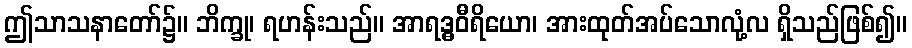
ဤသာသနာတော်၌။ ဘိက္ခု၊ ရဟန်းသည်။ အာရဒ္ဓဝီရိယော၊ အားထုတ်အပ်သောလုံ့လ ရှိသည်ဖြစ်၍။